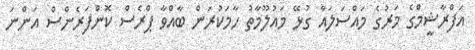
އަފްރާޝީމްގެ މަރުގެ މައްސަލައާ ގުޅޭ މައުލޫމާތު ހާމަކުރަން ބާއްވާ ޕްރެސް ކޮންފަރެންސް އަންނަ